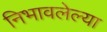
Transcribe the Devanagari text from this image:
निभावलेल्या